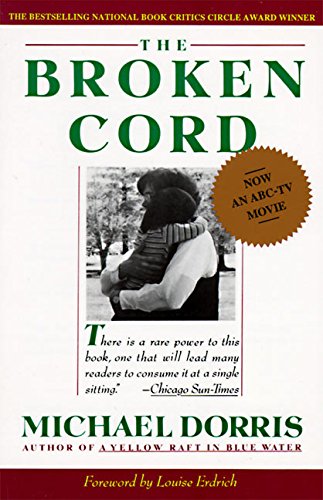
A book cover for The Broken Cord; Michael Dorris; Biographies & Memoirs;